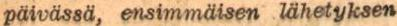
päivässä, ensimmäisen lähetyksen